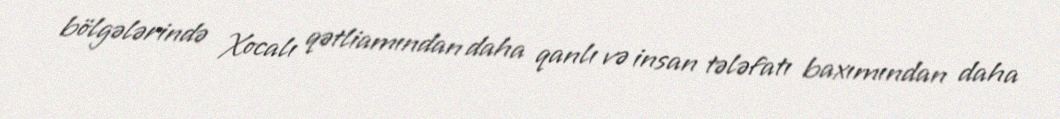
bölgələrində Xocalı qətliamından daha qanlı və insan tələfatı baxımından daha